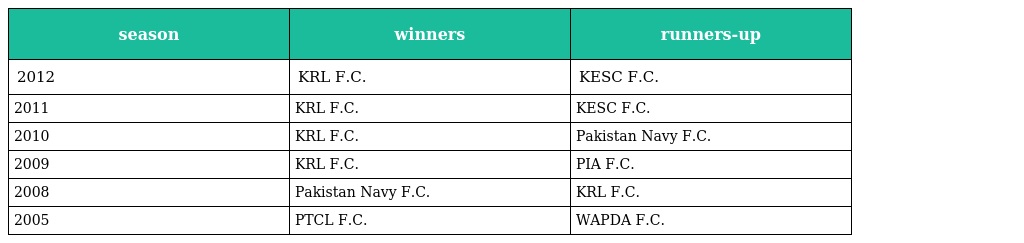
| season | winners | runners-up |
 | --- | --- | --- |
 | 2012 | KRL F.C. | KESC F.C. |
 | 2011 | KRL F.C. | KESC F.C. |
 | 2010 | KRL F.C. | Pakistan Navy F.C. |
 | 2009 | KRL F.C. | PIA F.C. |
 | 2008 | Pakistan Navy F.C. | KRL F.C. |
 | 2005 | PTCL F.C. | WAPDA F.C. |